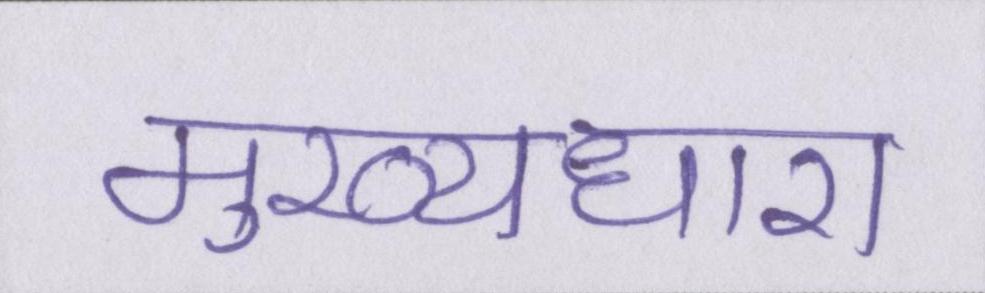
मुख्यधारा